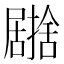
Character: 𭕹